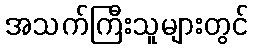
အသက်ကြီးသူများတွင်